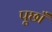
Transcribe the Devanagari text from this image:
पूछाँ